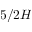
5 / 2 H